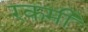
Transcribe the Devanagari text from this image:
रकमी